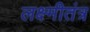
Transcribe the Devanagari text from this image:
लक्ष्मीतंत्र